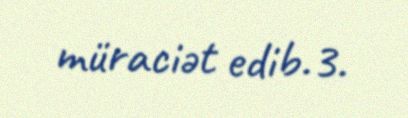
müraciət edib.3.